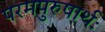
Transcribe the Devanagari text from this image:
परमपुरुषार्थः